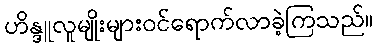
ဟိန္ဒူလူမျိုးများဝင်ရောက်လာခဲ့ကြသည်။